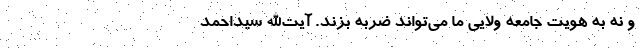
و نه به هویت جامعه ولایی ما می‌تواند ضربه بزند. آیت‌الله سیداحمد